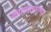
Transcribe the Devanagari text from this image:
कयामतनामा।